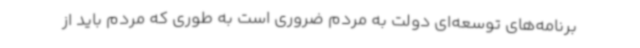
برنامه‌های توسعه‌ای دولت به مردم ضروری است به طوری که مردم باید از